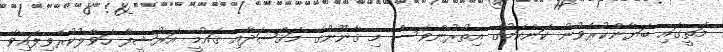
މަތީގައި ބަޔާންކުރެވުނު ކަންކަމުގެ އިތުރުންވެސް މި ޤާނޫނުގެ މަޤްޞަދާއި ޤައުމީ އަރުޝީފާ ހަވާލުކުރެވިފައިވާ